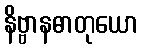
နိဗ္ဗာနဓာတုယော